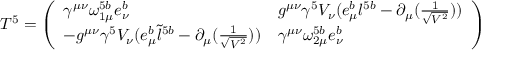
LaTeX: T ^ { 5 } = \left( \begin{array} { l l } { { \gamma ^ { \mu \nu } \omega _ { 1 \mu } ^ { 5 b } e _ { \nu } ^ { b } } } & { { g ^ { \mu \nu } \gamma ^ { 5 } V _ { \nu } ( e _ { \mu } ^ { b } l ^ { 5 b } - \partial _ { \mu } ( \frac { 1 } { \sqrt { V ^ { 2 } } } ) ) } } \\ { { - g ^ { \mu \nu } \gamma ^ { 5 } V _ { \nu } ( e _ { \mu } ^ { b } \tilde { l } ^ { 5 b } - \partial _ { \mu } ( \frac { 1 } { \sqrt { V ^ { 2 } } } ) ) } } & { { \gamma ^ { \mu \nu } \omega _ { 2 \mu } ^ { 5 b } e _ { \nu } ^ { b } } } \end{array} \right)